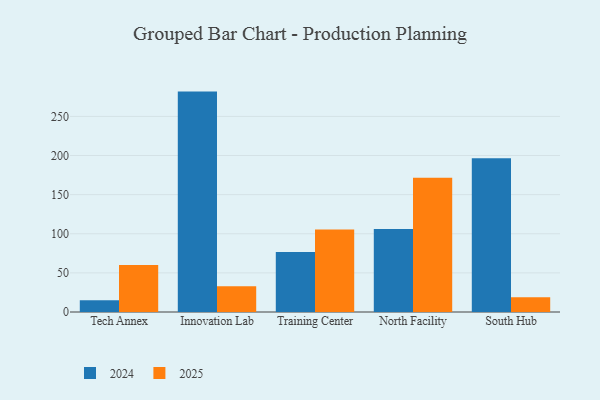
{"axis": {"x": "Campus", "y": "Revenue (USD Million)"}, "legend": ["2024", "2025"], "data": [{"x": "Tech Annex", "y": 15.0, "type": "2024"}, {"x": "Tech Annex", "y": 60.1, "type": "2025"}, {"x": "Innovation Lab", "y": 281.7, "type": "2024"}, {"x": "Innovation Lab", "y": 32.8, "type": "2025"}, {"x": "Training Center", "y": 76.7, "type": "2024"}, {"x": "Training Center", "y": 105.6, "type": "2025"}, {"x": "North Facility", "y": 106.0, "type": "2024"}, {"x": "North Facility", "y": 171.7, "type": "2025"}, {"x": "South Hub", "y": 196.5, "type": "2024"}, {"x": "South Hub", "y": 18.8, "type": "2025"}]}